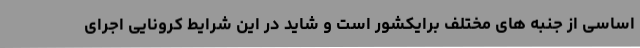
اساسی از جنبه های مختلف برایکشور است و شاید در این شرایط کرونایی اجرای